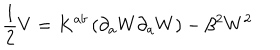
LaTeX: \frac { 1 } { 2 } V = K ^ { a b } \left( \partial _ { a } W \partial _ { a } W \right) - \beta ^ { 2 } W ^ { 2 }